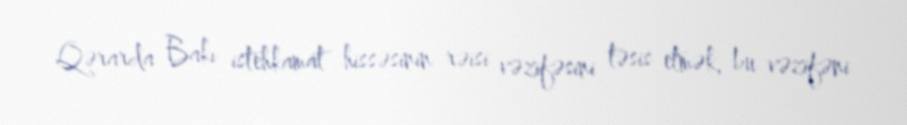
Qərarda Bakı istehkamat hissəsinin rəisi vəzifəsini təsis etmək, bu vəzifəni